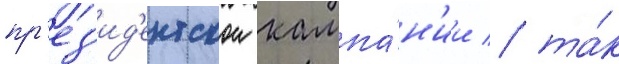
пр'ез'ид'ентскои кампа́н'ии / та́к